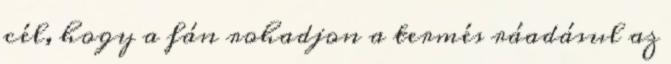
cél, hogy a fán rohadjon a termés ráadásul az